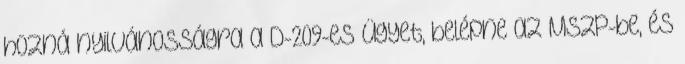
hozná nyilvánosságra a D-209-es ügyet, belépne az MSZP-be, és